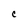
Character: C